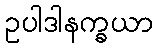
ဥပါဒါနက္ခယာ